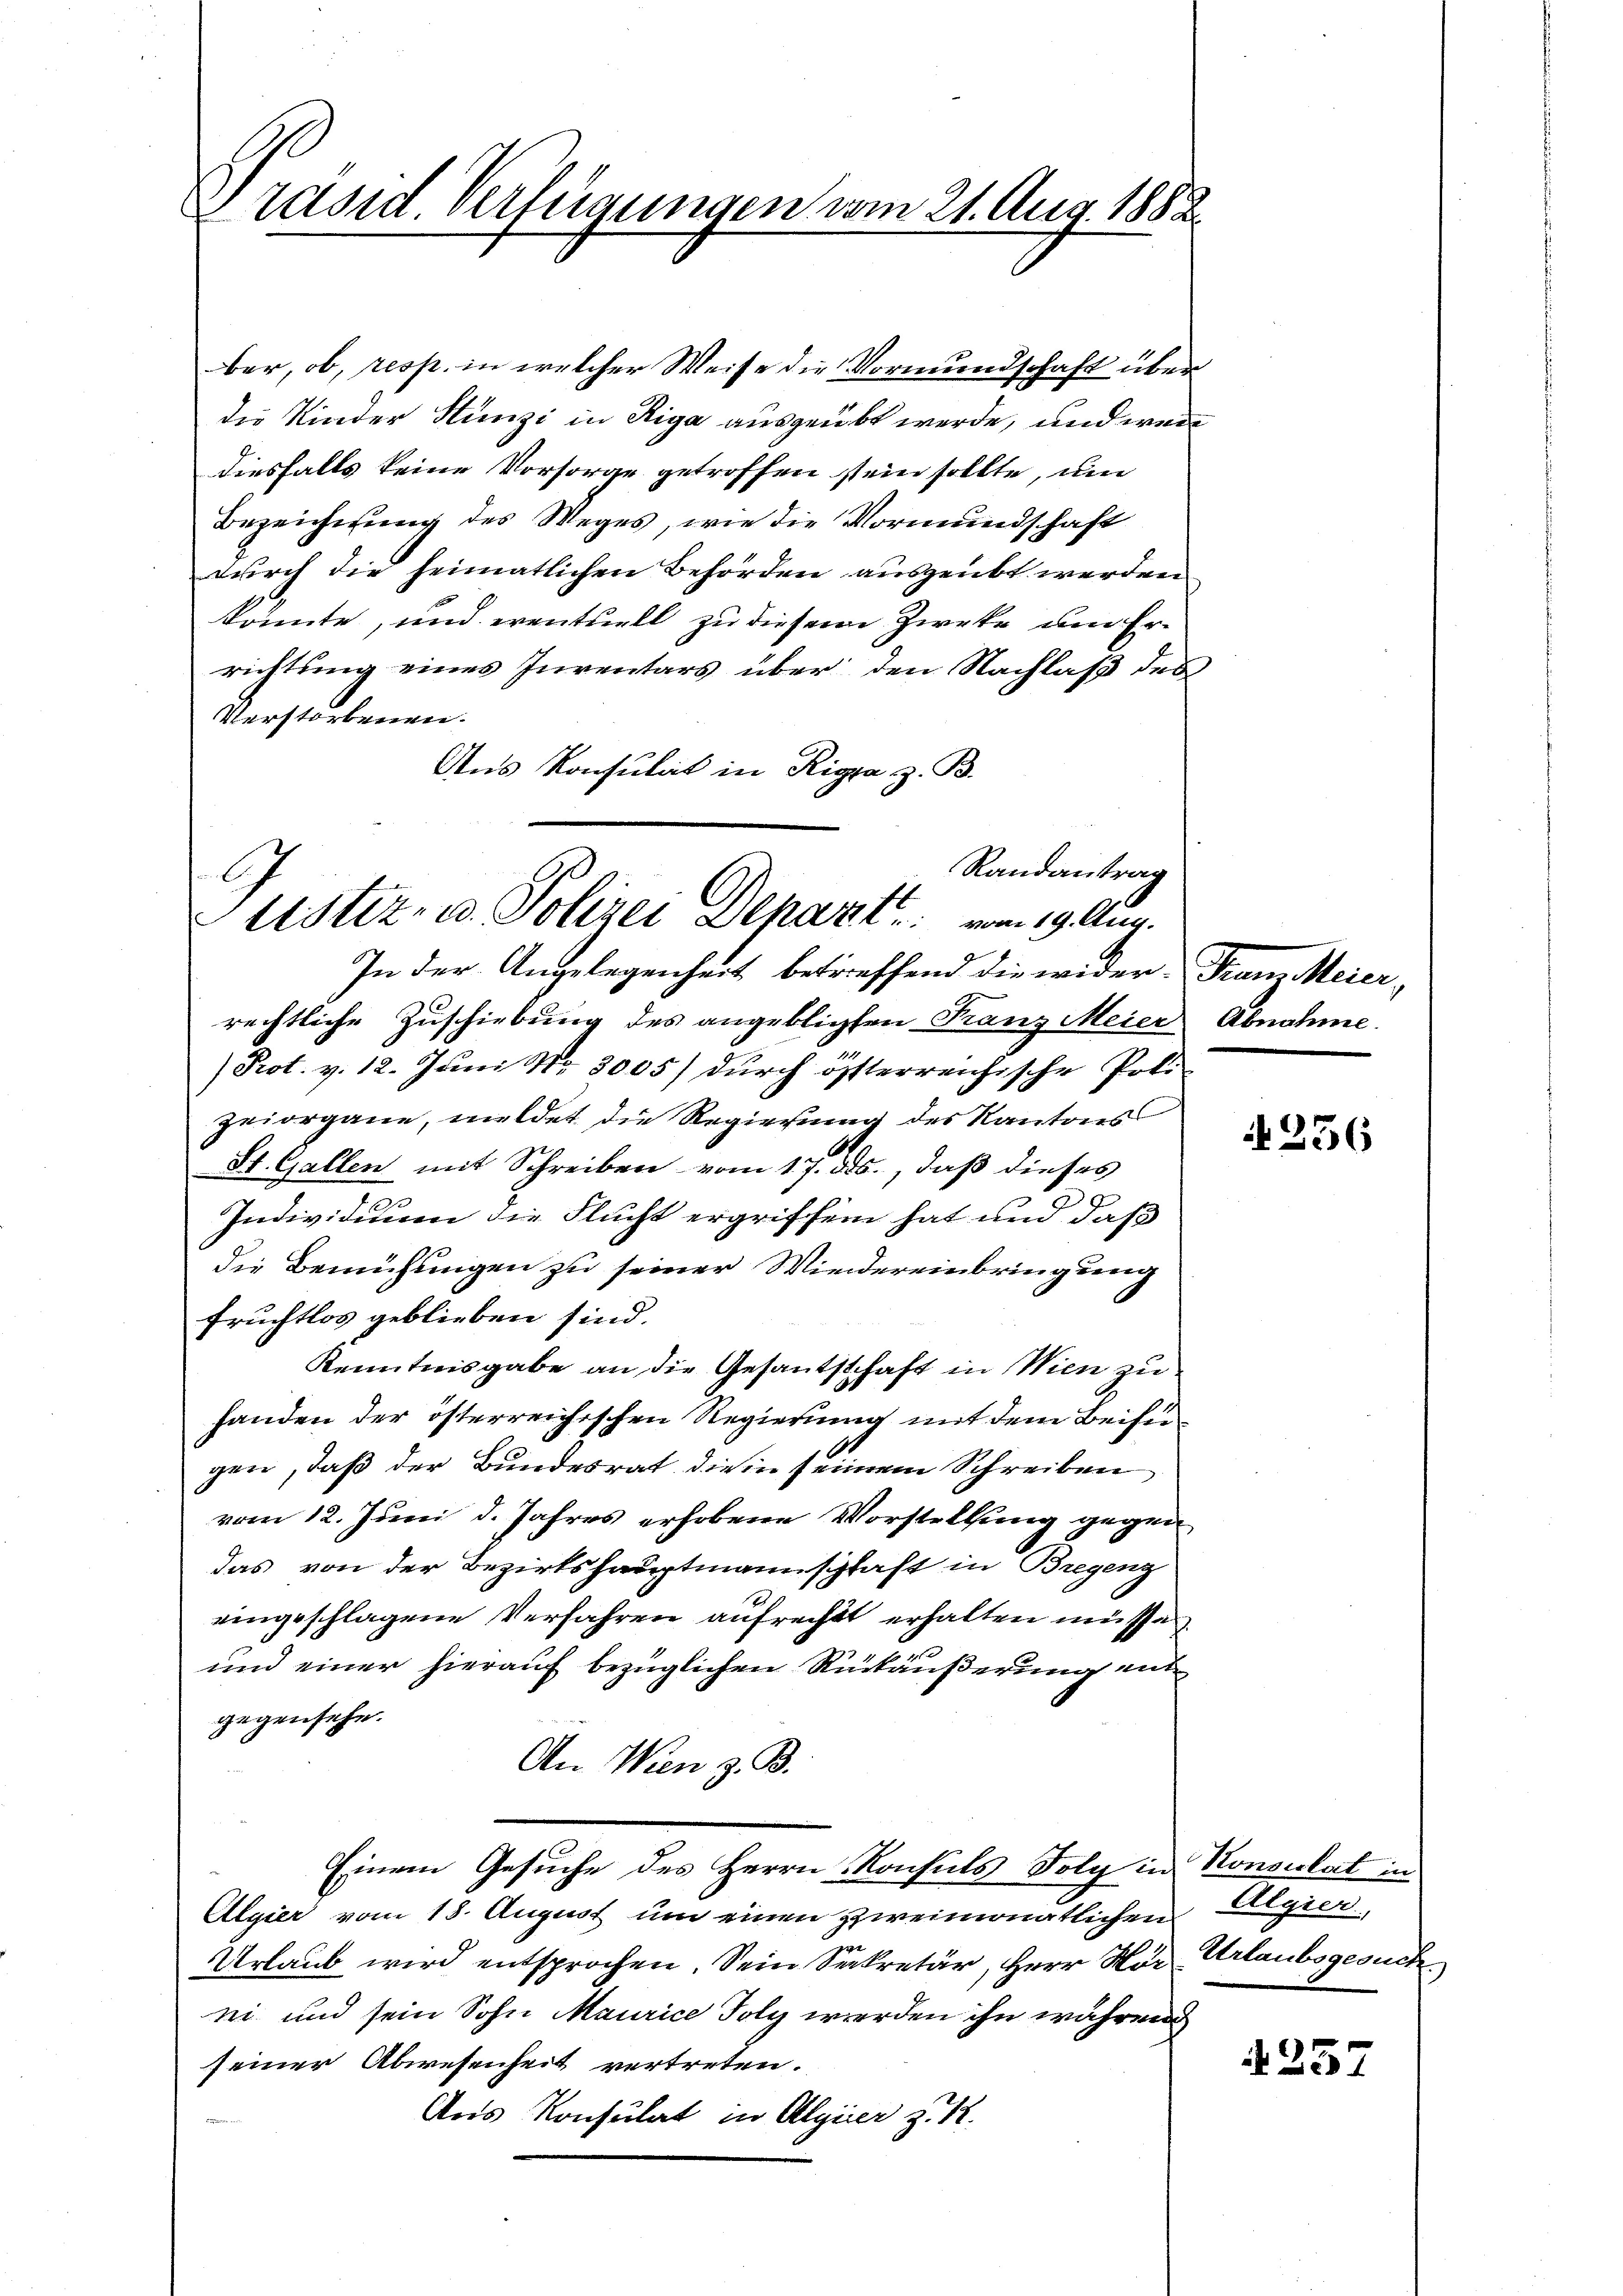
Präsid. Verfügungen vom 21. Aug. 1888.

ber, ob, resp. in welcher Weise die Vormundschaft über
die Kinder Stünzi in Riga ausgeübt werde, und wenn
diesfalls keine Vorsorge getroffen stein sollte, um
Bezeichnung des Weges, wie die Vormundschaft
durch die heimatlichen Behörden ausgeübt werden
könnte, und eventuell zu diesem Zirke um Errichtung eines Inventars über den Nachlaß des
Verstorbenen.
Ans Konsulat in Riga z. B.
Randantrag

tistiz- u. Polizei Depart vom 19. Aug.

In der Angelegenheit betreffend die wider Frau Meier
rechtliche Zuschiebung des angeblichten Franz Meier Abnahme.
Prot. v. 12. Juni Nr. 3005) durch österreichische Poli
Zeiorgane, meldet die Regierung des Kantons
St. Gallen mit Schreiben vom 17. ds., daß dieses
a
Individuum die Flucht ergriffen hat und daß
die Bemühungen zu seiner Wiedereinbringung
fruchtlos geblieben sind.
Kenntnisgabe an die Gesantschaft in Wien zu
handen der österreichischen Regierung mit dem Beiseigen, daß der Bundesrat die in seinem Schreiben
vom 12. Juni d. Jahres erhobene Vorstellung gegen
das von der Bezirkshauptmannschaft in Bregenz
eingeschlagene Verfahren aufrecht erhalten müsse.
und einer hierauf bezüglichen Rückäußerung entgegensehe.
An Wien z. B.
Einem Gesuche des Herrn Konsuls Foly in Konsulat in
Algier vom 15. August um einen zweimonatlichen
Urlaub wird entsprochen. Sein Sekretär, Herr Hor Urlaubsgesuch
ei und sein Sohn Maurice Foly werden ihn während
seiner Abwesenheit vertreten.
Aus Konsulat in Algier z. B.

N 256

Algier

257